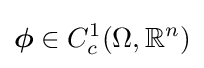
{\boldsymbol {\phi }}\in C_{c}^{1}(\Omega ,\mathbb {R} ^{n})